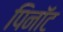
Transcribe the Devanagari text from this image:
पिनॉट